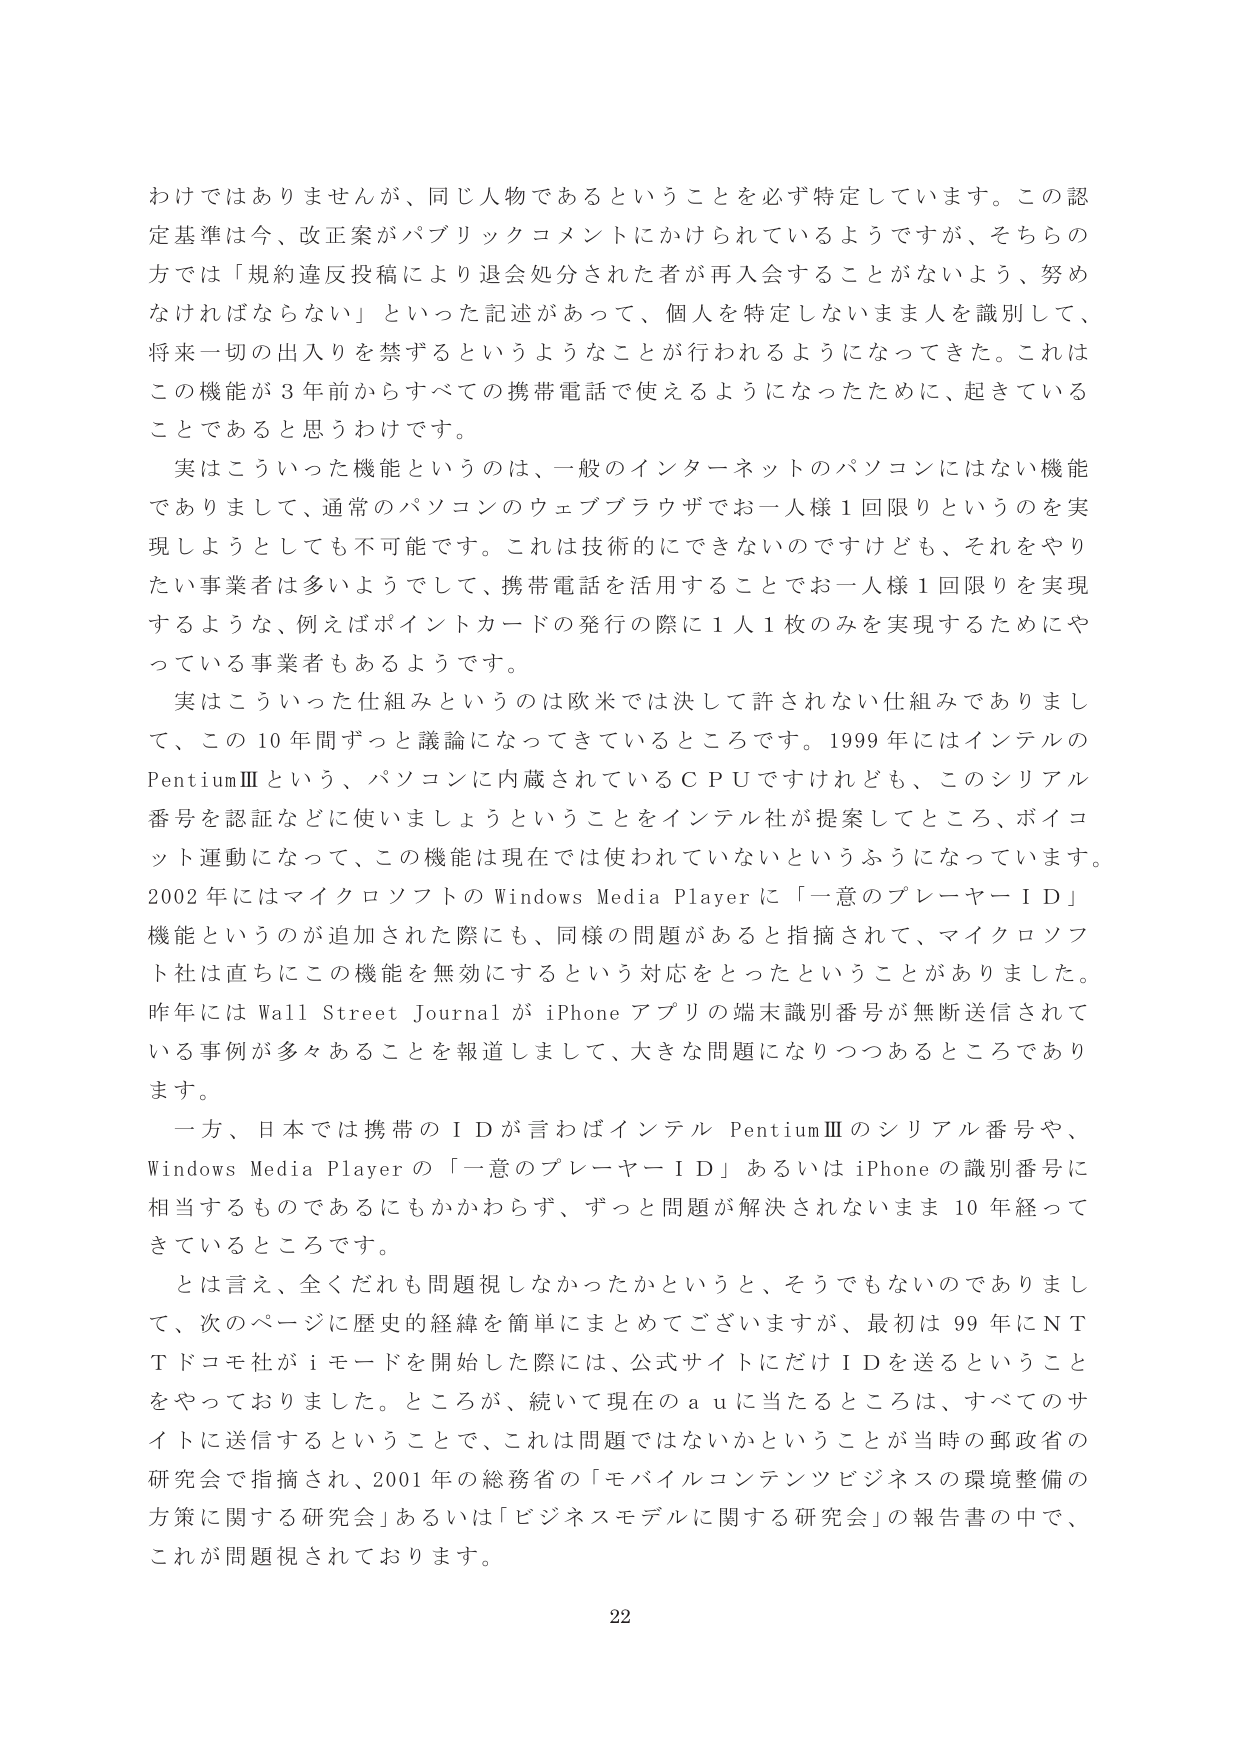
わけではありませんが、同じ人物であるということを必ず特定しています。この認定基準は今、改正案がパブリックコメントにかけられているようですが、そちらの方では「規約違反投稿により退会処分された者が再入会することがないよう、努めなければならない」といった記述があって、個人を特定しないまま人を識別して、将来一切の出入りを禁ずるというようなことが行われるようになってきた。これはこの機能が3年前からすべての携帯電話で使えるようになったために、起きていることであると思うわけです。

実はこういった機能というのは、一般のインターネットのパソコンにはない機能でありまして、通常のパソコンのウェブブラウザでお一人様1回限りというのを実現しようとしても不可能です。これは技術的にできないのですけども、それをやりたい事業者は多いようでして、携帯電話を活用することでお一人様1回限りを実現するような、例えばポイントカードの発行の際に1人1枚のみを実現するためにやっている事業者もあるようです。

実はこういった仕組みというのは欧米では決して許されない仕組みでありまして、この10年間ずっと議論になってきているところです。1999年にはインテルのPentiumⅢという、パソコンに内蔵されているCPUですけれども、このシリアル番号を認証などに使いましょうということをインテル社が提案してところ、ボイコット運動になって、この機能は現在では使われていないというふうになっています。2002年にはマイクロソフトのWindows Media Playerに「一意のプレーヤーID」機能というのが追加された際にも、同様の問題があると指摘されて、マイクロソフト社は直ちにこの機能を無効にするという対応をとったということがありました。昨年にはWall Street JournalがiPhoneアプリの端末識別番号が無断送信されている事例が多々あることを報道しまして、大きな問題になりつつあるところです。

一方、日本では携帯のIDが言わばインテルPentiumⅢのシリアル番号や、Windows Media Playerの「一意のプレーヤーID」あるいはiPhoneの識別番号に相当するものであるにもかかわらず、ずっと問題が解決されないまま10年経ってきているところです。

とは言え、全くだれも問題視しなかったかというと、そうでもないのでありまして、次のページに歴史的経緯を簡単にまとめてございますが、最初は99年にNTTドコモ社がiモードを開始した際には、公式サイトにだけIDを送るということをやっておりました。ところが、続いて現在のauに当たるところは、すべてのサイトに送信するということで、これは問題ではないかということが当時の郵政省の研究会で指摘され、2001年の総務省の「モバイルコンテンツビジネスの環境整備の方策に関する研究会」あるいは「ビジネスモデルに関する研究会」の報告書の中で、これが問題視されております。

22